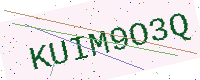
Text: KUIM9O3Q